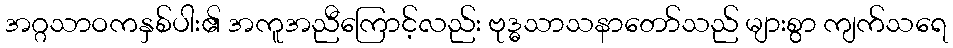
အဂ္ဂသာဝကနှစ်ပါး၏ အကူအညီကြောင့်လည်း ဗုဒ္ဓသာသနာတော်သည် များစွာ ကျက်သရေ